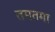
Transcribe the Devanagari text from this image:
तमतमा